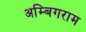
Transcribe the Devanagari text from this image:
अम्बिगराम